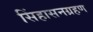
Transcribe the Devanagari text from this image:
सिंहासनग्रहण